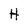
Character: H